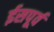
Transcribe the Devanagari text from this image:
ईसपूर्व